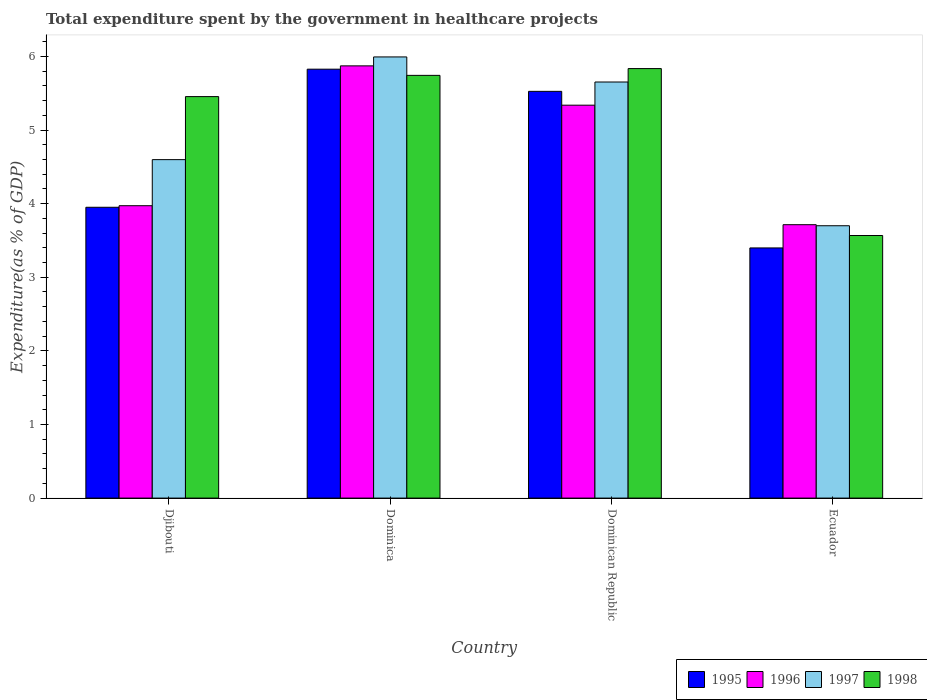
| Country | 1995 | 1996 | 1997 | 1998 |
 | --- | --- | --- | --- | --- |
 | Djibouti | 3.95 | 3.97 | 4.6 | 5.45 |
 | Dominica | 5.83 | 5.87 | 5.99 | 5.74 |
 | Dominican Republic | 5.53 | 5.34 | 5.65 | 5.84 |
 | Ecuador | 3.4 | 3.71 | 3.7 | 3.57 |